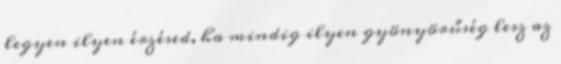
legyen ilyen érzésed, ha mindig ilyen gyönyörűség lesz az